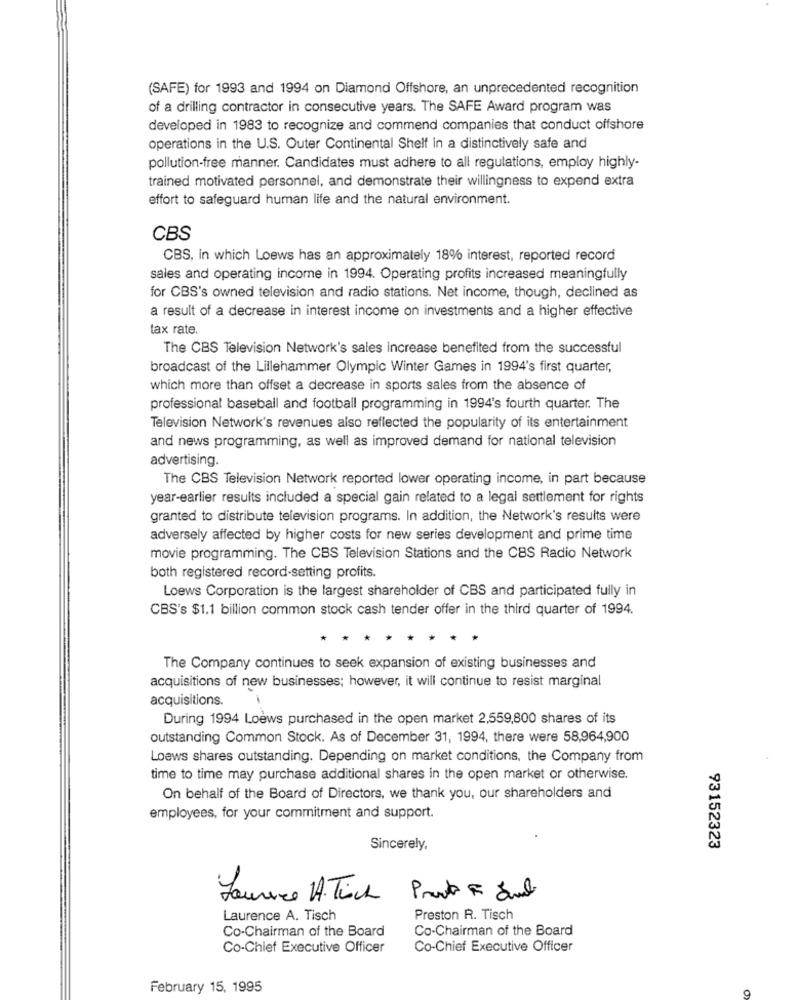
(SAFE) for 1993 and 1994 on Diamond Offshore, an unprecedented recognition
of a drilling contractor in consecutive years. The SAFE Award program was
developed in 1983 to recognize and commend companies that conduct offshore
operations in the U.S. Outer Continental Shelf In a distinctively safe and
pollution-free manner. Candidates must adhere to all regulations, employ highly-
trained motivated personnel, and demonstrate their willingness to expend extra
effort to safeguard human life and the natural environment.
CBS
CBS, in which Loews has an approximately 18% interest, reported record
sales and operating income in 1994. Operating profits increased meaningfully
for CBS's owned television and radio stations. Net income, though, declined as
a result of a decrease in interest income on investments and a higher effective
tax rate.
The CBS Television Network's sales increase benefited from the successful
broadcast of the Lillehammer Olympic Winter Games in 1994's first quarter,
which more than offset a decrease in sports sales from the absence of
professional baseball and football programming in 1994's fourth quarter. The
Television Network's revenues also reflected the popularity of its entertainment
and news programming, as well as improved demand for national television
advertising.
The CBS Television Network reported lower operating income, in part because
year-earlier results included a special gain related to a legal settlement for rights
granted to distribute television programs. In addition, the Network's results were
adversely affected by higher costs for new series development and prime time
movie programming. The CBS Television Stations and the CBS Radio Network
both registered record-setting profits.
Loews Corporation is the largest shareholder of CBS and participated fully in
CBS's $1.1 billion common stock cash tender offer in the third quarter of 1994.
The Company continues to seek expansion of existing businesses and
acquisitions of new businesses; however, it will continue to resist marginal
acquisitions.
During 1994 Loews purchased in the open market 2,559,800 shares of its
outstanding Common Stock. As of December 31, 1994, there were 58,964,900
Loews shares outstanding. Depending on market conditions, the Company from
time to time may purchase additional shares in the open market or otherwise.
On behalf of the Board of Directors, we thank you, our shareholders and
employees, for your commitment and support.
Sincerely,
93152323
Laurence H. Tich
Laurence A. Tisch
Preston R. Tisch
Co-Chairman of the Board
Co-Chairman of the Board
Co-Chief Executive Officer
Co-Chief Executive Officer
February 15, 1995